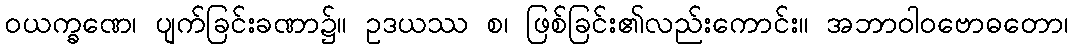
ဝယက္ခဏေ၊ ပျက်ခြင်းခဏာ၌။ ဥဒယဿ စ၊ ဖြစ်ခြင်း၏လည်းကောင်း။ အဘာဝါဝဗောဓတော၊